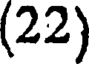
(22)